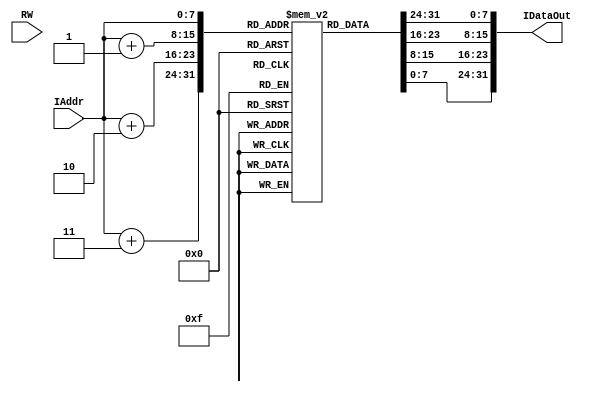
`timescale 1ns / 1ps
module InsMem(
    input RW,                   // read or write
    input [7:0] IAddr,          // instruction address
    output reg [31:0] IDataOut  // instruction output
    );
    reg [7:0] Inst[0:255];      // Instructions(21) reg(8) - 21*4=84
    always @(IAddr) begin
        IDataOut = {Inst[IAddr],Inst[IAddr+1],Inst[IAddr+2],Inst[IAddr+3]};
    end

    initial begin
        {Inst[0],Inst[1],Inst[2],Inst[3]} <= 32'b000000001000_00000_000_00001_0010011;          // 0x0000_0000
        {Inst[4],Inst[5],Inst[6],Inst[7]} <= 32'b000000000010_00000_110_00010_0010011;          // 0x0000_0004
        {Inst[8],Inst[9],Inst[10],Inst[11]} <= 32'b0000000_00001_00010_000_00011_0110011;       // 0x0000_0008
        {Inst[12],Inst[13],Inst[14],Inst[15]} <= 32'b0100000_00010_00011_000_00101_0110011;     // 0x0000_000C
        {Inst[16],Inst[17],Inst[18],Inst[19]} <= 32'b0000000_00010_00101_111_00100_0110011;     // 0x0000_0010
        {Inst[20],Inst[21],Inst[22],Inst[23]} <= 32'b0000000_00010_00110_110_01000_0110011;     // 0x0000_0014
        {Inst[24],Inst[25],Inst[26],Inst[27]} <= 32'b000000000001_01000_001_01000_0010011;      // 0x0000_0018
        {Inst[28],Inst[29],Inst[30],Inst[31]} <= 32'b1_111111_00001_01000_001_1110_1_1100011;   // 0x0000_001C
        {Inst[32],Inst[33],Inst[34],Inst[35]} <= 32'b000000000100_00010_010_00110_0010011;      // 0x0000_0020
        {Inst[36],Inst[37],Inst[38],Inst[39]} <= 32'b000000000000_00110_010_00111_0010011;      // 0x0000_0024
        {Inst[40],Inst[41],Inst[42],Inst[43]} <= 32'b000000001000_00111_000_00111_0010011;      // 0x0000_0028
        {Inst[44],Inst[45],Inst[46],Inst[47]} <= 32'b1_111111_00001_00111_000_1110_1_1100011;   // 0x0000_002C
        {Inst[48],Inst[49],Inst[50],Inst[51]} <= 32'b0000000_00010_00001_010_00100_0100011;     // 0x0000_0030
        {Inst[52],Inst[53],Inst[54],Inst[55]} <= 32'b000000000100_00001_010_01001_0000011;      // 0x0000_0034
        {Inst[56],Inst[57],Inst[58],Inst[59]} <= 32'b111111111110_00000_000_01010_0010011;      // 0x0000_0038
        {Inst[60],Inst[61],Inst[62],Inst[63]} <= 32'b000000000001_01010_000_01010_0010011;      // 0x0000_003C
        {Inst[64],Inst[65],Inst[66],Inst[67]} <= 32'b1_111111_00000_01010_100_1110_1_1100011;   // 0x0000_0040
        {Inst[68],Inst[69],Inst[70],Inst[71]} <= 32'b000000000010_00010_111_01011_0010011;      // 0x0000_0044
        {Inst[72],Inst[73],Inst[74],Inst[75]} <= 32'b0_0000000100_0_00000000_01000_1101111;     // 0x0000_0048
        {Inst[76],Inst[77],Inst[78],Inst[79]} <= 32'b0000000_00010_00100_110_01000_0110011;     // 0x0000_004C
        {Inst[80],Inst[81],Inst[82],Inst[83]} <= 32'b000000000000_xxxxx_000_xxxxx_1110011;      // 0x0000_0050
    end
endmodule